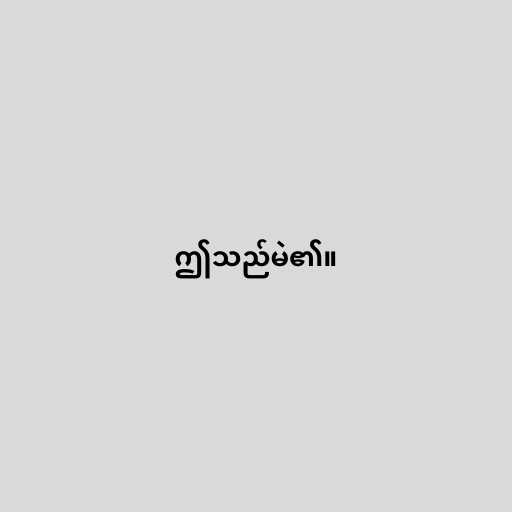
ဤသည်မဲ၏။